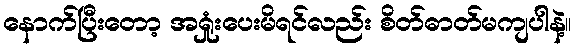
နောက်ပြီးတော့ အရှုံးပေးမိရင်လည်း စိတ်ဓာတ်မကျပါနဲ့။